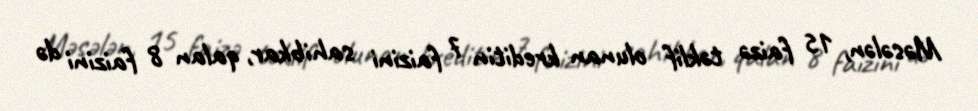
Məsələn, 15 faizə təklif olunan kreditin 7 faizini sahibkar, qalan 8 faizini də